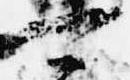
可